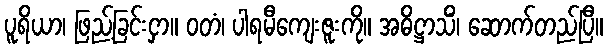
ပူရိယာ၊ ဖြည့်ခြင်းငှာ။ ဝတံ၊ ပါရမီကျေးဇူးကို။ အဓိဋ္ဌာသိံ၊ ဆောက်တည်ပြီ။